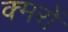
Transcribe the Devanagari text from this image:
क्मरों